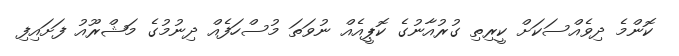
ކޮންމެ ދިވެއްސަކަށް ކީރިތި ގުރުއާނުގެ ކޮޕީއެއް ނުވަތަ މުސްހަފެއް ދިނުމުގެ މަޝްރޫއު ފަށައިފި